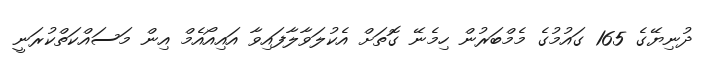
ދުނިޔޭގެ 165 ގައުމުގެ މެމްބަރުން ހިމެނޭ ގޮތަށް އެކުލަވާލާފައިވާ އައިއޯއެމް އިން މަސައްކަތްކުރަނީ